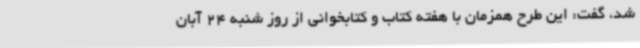
شد، گفت: این طرح همزمان با هفته کتاب و کتابخوانی از روز شنبه 24 آبان